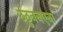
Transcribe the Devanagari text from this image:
ठंठुननएना